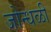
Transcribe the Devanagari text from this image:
जोन्धळी